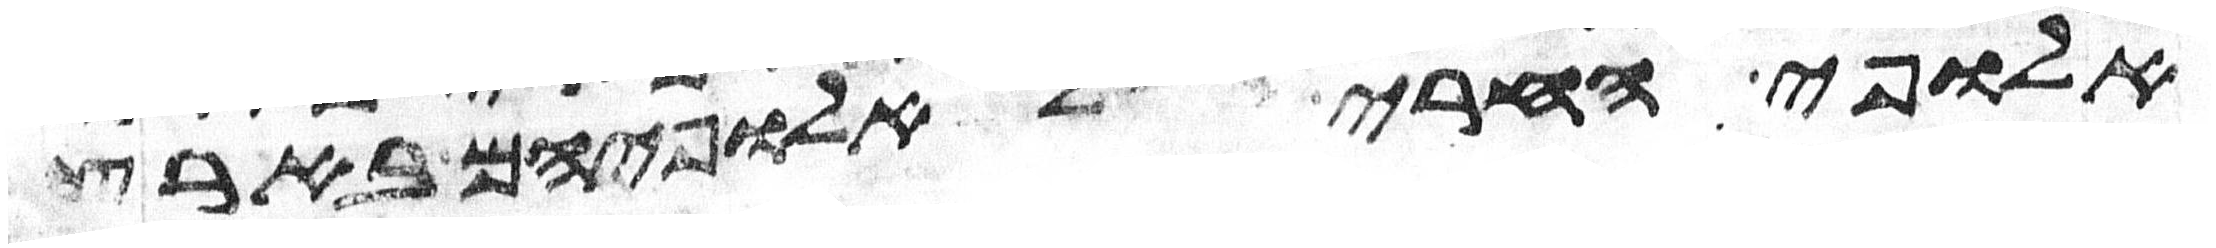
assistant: אלופי החרי לאלופיהם בארץ